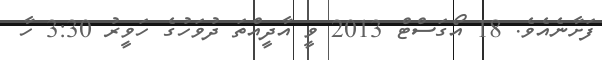
ފަށާނެއެވެ. 18 އޯގަސްޓް 2013 ވީ އާދީއްތަ ދުވަހުގެ ހަވީރު 3:30 ހާ